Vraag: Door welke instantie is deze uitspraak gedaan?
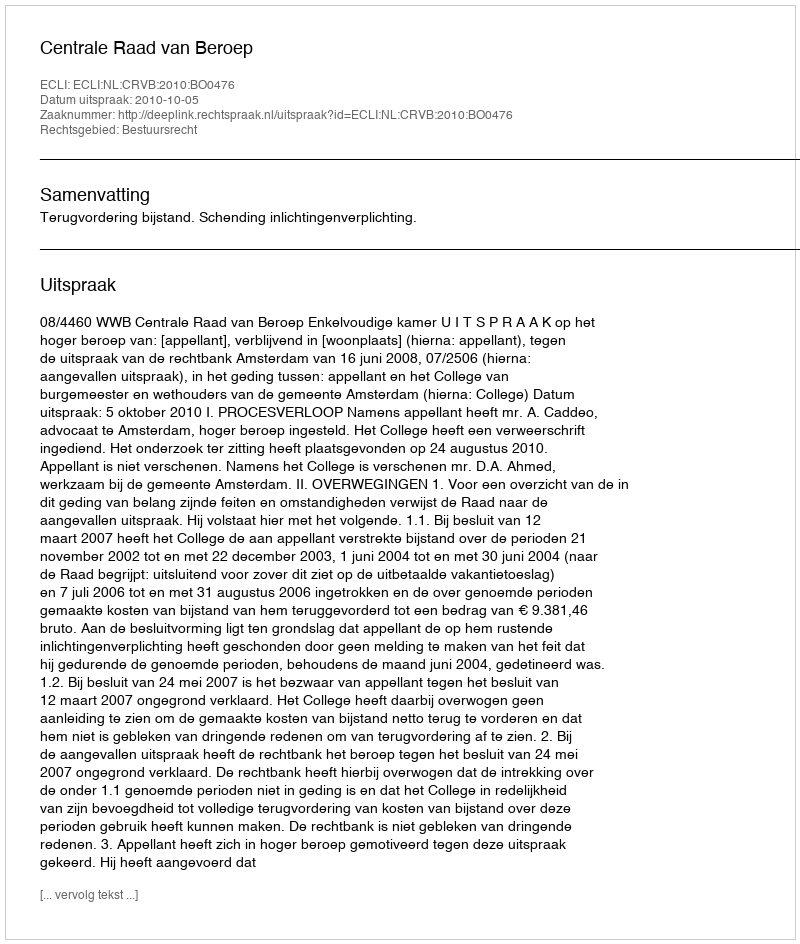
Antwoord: Centrale Raad van Beroep